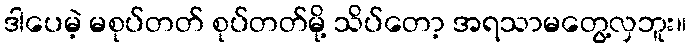
ဒါပေမဲ့ မစုပ်တတ် စုပ်တတ်မို့ သိပ်တော့ အရသာမတွေ့လှဘူး။